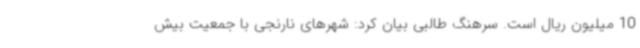
10 میلیون ریال است. سرهنگ طالبی بیان کرد: شهرهای نارنجی با جمعیت بیش